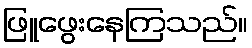
ဖြူဖွေးနေကြသည်။